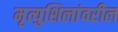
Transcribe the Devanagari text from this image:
मृत्युशिलांवरील